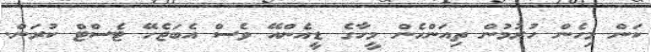
ކަން މިހެން ހުރުމުން ތިއަންހެން މީހާގެ ޑީއެންއޭ ވެސް އެބަޖެހޭ ޓެސްޓް ކުރަން.